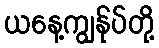
ယနေ့ကျွန်ုပ်တို့